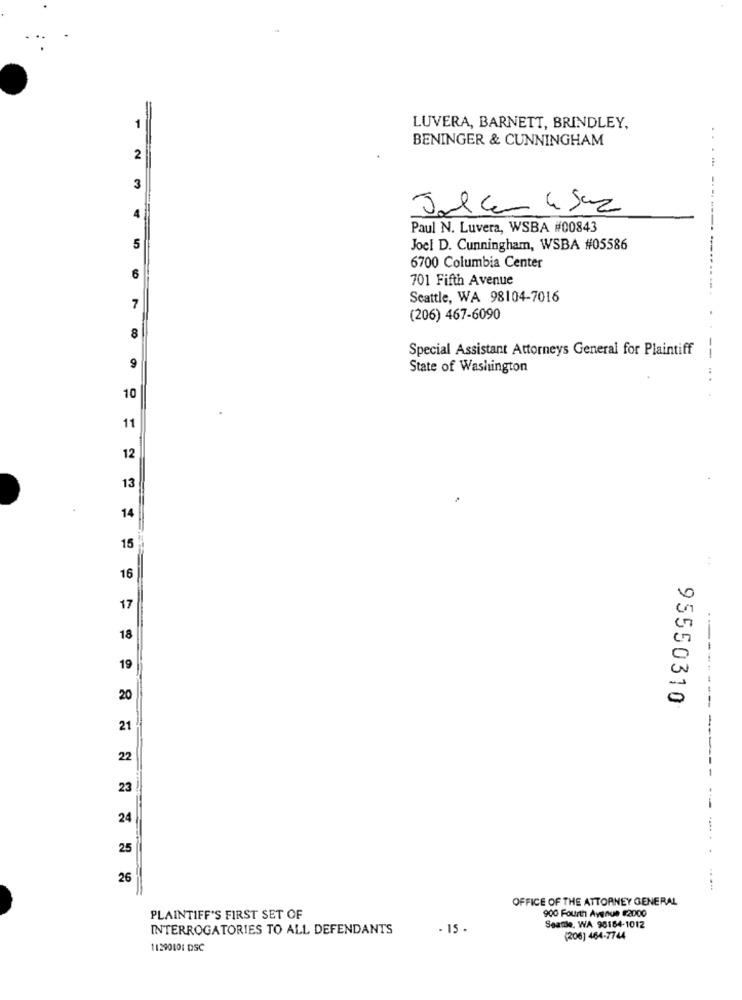
=
LUVERA, BARNETT, BRINDLEY,
BENINGER & CUNNINGHAM
..
2
3
Jalcamisa
4
Paul N. Luvera, WSBA #00843
5
Joel D. Cunningham, WSBA #05586
6700 Columbia Center
6
701 Fifth Avenue
Seattle, WA 98104-7016
7
(206) 467-6090
8
Special Assistant Attorneys General for Plaintiff
--
9
State of Washington
10
11
12
13
14
15
16
17
18
19
20
95550310
21
22
23
24
25
26
OFFICE OF THE ATTORNEY GENERAL
900 Fourth Avenue #2000
PLAINTIFF'S FIRST SET OF
INTERROGATORIES TO ALL DEFENDANTS
- 15 .
Seattle, WA 98164-1012
(206) 464-7744
11290101 DSC